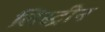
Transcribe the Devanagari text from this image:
लिस्ट्रीन